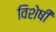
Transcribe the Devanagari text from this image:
विशेषीं